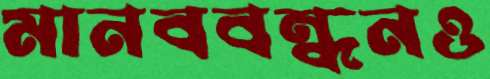
মানববন্ধনও